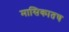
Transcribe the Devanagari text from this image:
मासिकातच